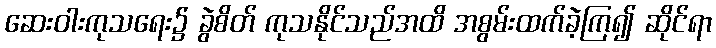
ဆေးဝါးကုသရေး၌ ခွဲစိတ် ကုသနိုင်သည်အထိ အစွမ်းထက်ခဲ့ကြ၍ ဆိုင်ရာ